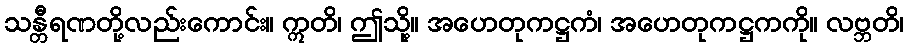
သန္တီရဏတို့လည်းကောင်း။ ဣတိ၊ ဤသို့။ အဟေတုကဋ္ဌကံ၊ အဟေတုကဋ္ဌကကို။ လဗ္ဘတိ၊